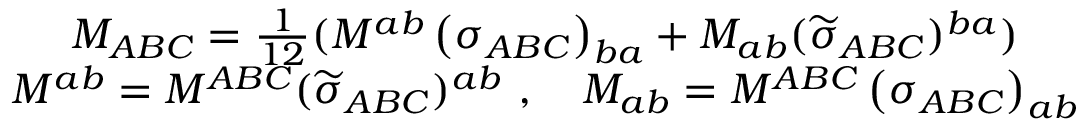
\begin{array} { c } { { M _ { A B C } = \frac 1 { 1 2 } ( M ^ { a b } \left( \sigma _ { A B C } \right) _ { b a } + M _ { a b } ( \widetilde { \sigma } _ { A B C } ) ^ { b a } ) } } \\ { { M ^ { a b } = M ^ { A B C } ( \widetilde { \sigma } _ { A B C } ) ^ { a b } \ , \quad M _ { a b } = M ^ { A B C } \left( \sigma _ { A B C } \right) _ { a b } } } \end{array}